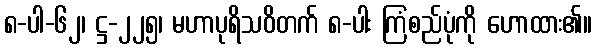
၈-ပါ-၆၂၊ ဋ္ဌ-၂၂၅၊ မဟာပုရိသဝိတက် ၈-ပါး ကြံစည်ပုံကို ဟောထား၏။